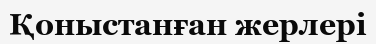
Қоныстанған жерлері